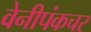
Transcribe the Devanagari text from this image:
वेनीपंकचर